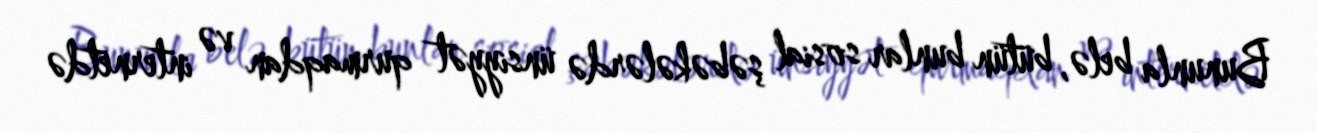
Bununla belə, bütün bunlar sosial şəbəkələrdə ünsiyyət qurmaqdan və internetdə